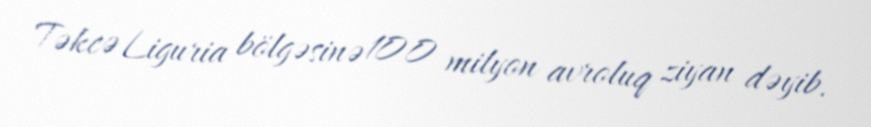
Təkcə Liguria bölgəsinə 100 milyon avroluq ziyan dəyib.